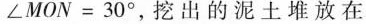
$$∠ M O N = 3 0 °$$，挖出的泥土堆放在